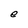
Character: e